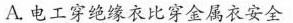
A.电工穿绝缘衣比穿金属衣安全